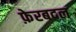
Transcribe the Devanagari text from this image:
फ़ेरबदल